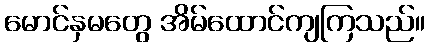
မောင်နှမတွေ အိမ်ထောင်ကျကြသည်။